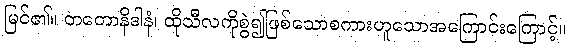
မြင်၏။ တတောနိဒါနံ၊ ထိုသီလကိုစွဲ၍ဖြစ်သောစကားဟူသောအကြောင်းကြောင့်။